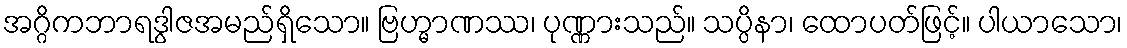
အဂ္ဂိကဘာရဒွါဇအမည်ရှိသော။ ဗြဟ္မာဏဿ၊ ပုဏ္ဏားသည်။ သပ္ပိနာ၊ ထောပတ်ဖြင့်။ ပါယာသော၊